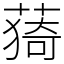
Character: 𦸒